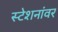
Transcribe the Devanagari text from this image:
स्टेशनांवर